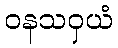
ဝနသဝှယံ